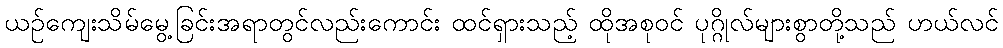
ယဉ်ကျေးသိမ်မွေ့ခြင်းအရာတွင်လည်းကောင်း ထင်ရှားသည့် ထိုအစုဝင် ပုဂ္ဂိုလ်များစွာတို့သည် ဟယ်လင်